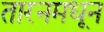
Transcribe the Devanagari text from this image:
तारनमधून